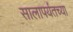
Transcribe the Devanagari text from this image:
सालापर्यंतच्या